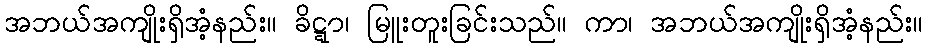
အဘယ်အကျိုးရှိအံ့နည်း။ ခိဋ္ဋာ၊ မြူးတူးခြင်းသည်။ ကာ၊ အဘယ်အကျိုးရှိအံ့နည်း။